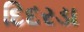
દિદરડા